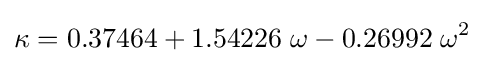
\kappa =0.37464+1.54226\;\omega -0.26992\;\omega ^{2}